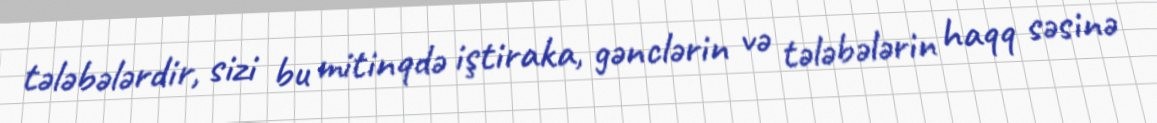
tələbələrdir, sizi bu mitinqdə iştiraka, gənclərin və tələbələrin haqq səsinə